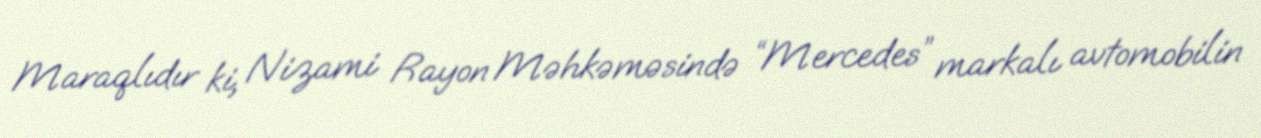
Maraqlıdır ki, Nizami Rayon Məhkəməsində “Mercedes” markalı avtomobilin